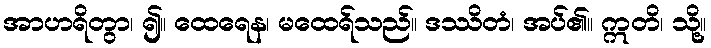
အာဟရိတွာ၊ ၍။ ထေရေန၊ မထေရ်သည်။ ဒဿိတံ၊ အပ်၏။ ဣတိ၊ သို့။